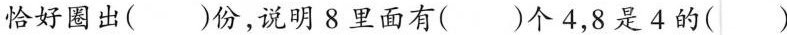
恰好圈出()份，说明8里面有()个4，8是4的()